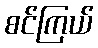
စင်ကြယ်